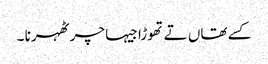
کسے تھاں تے تھوڑا جیہا چر ٹھہرنا ۔